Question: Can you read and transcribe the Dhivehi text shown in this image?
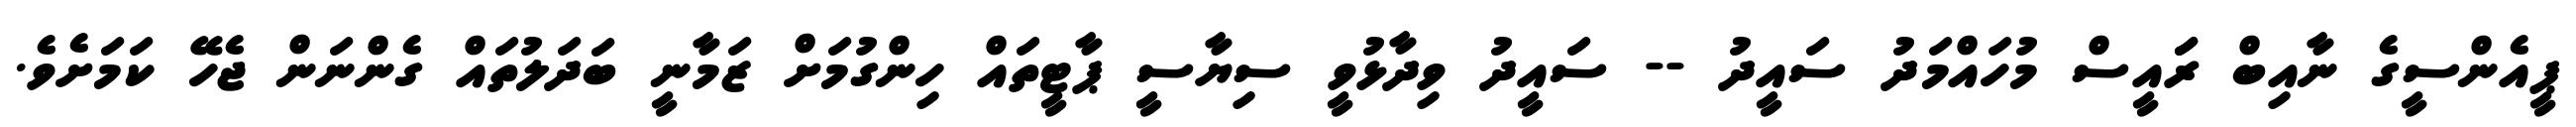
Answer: ޕީއެންސީގެ ނާއިބް ރަައީސް މުހައްމަދު ސައީދު -- ސައީދު ވިދާޅުވީ ސިޔާސީ ޕާޓީތައް ހިންގުމަށް ޒަމާނީ ބަދަލުތައް ގެންނަން ޖެހޭ ކަމަށެވެ.